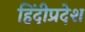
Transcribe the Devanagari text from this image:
हिंदीप्रदेश